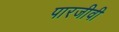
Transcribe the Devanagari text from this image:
पारजीवी